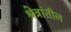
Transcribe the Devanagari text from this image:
श्रेत्रांतील